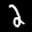
Label: 2